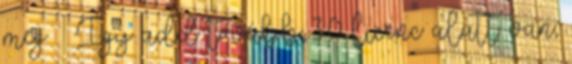
meg – Így add tovább 3.0 licenc alatt van;